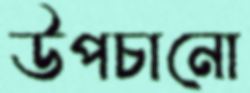
উপচানো